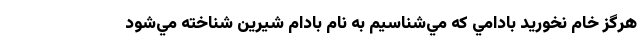
هرگز خام نخوريد بادامي كه مي‌شناسيم به نام بادام شيرين شناخته مي‌شود